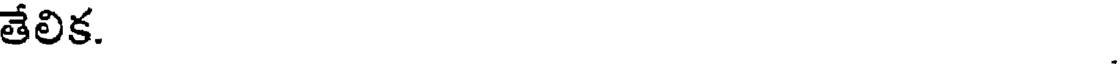
తేలిక.